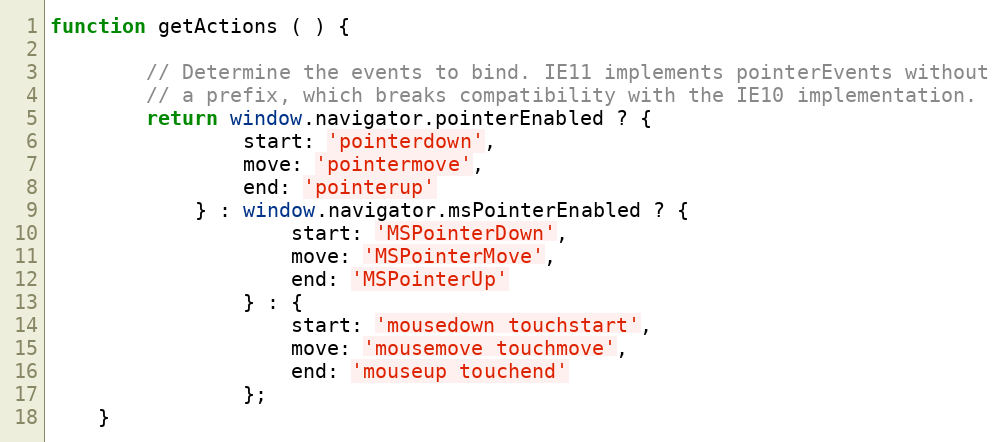
Language: JavaScript
function getActions ( ) {

        // Determine the events to bind. IE11 implements pointerEvents without
        // a prefix, which breaks compatibility with the IE10 implementation.
        return window.navigator.pointerEnabled ? {
                start: 'pointerdown',
                move: 'pointermove',
                end: 'pointerup'
            } : window.navigator.msPointerEnabled ? {
                    start: 'MSPointerDown',
                    move: 'MSPointerMove',
                    end: 'MSPointerUp'
                } : {
                    start: 'mousedown touchstart',
                    move: 'mousemove touchmove',
                    end: 'mouseup touchend'
                };
    }